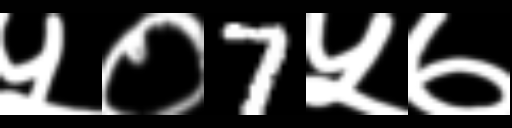
Text: ५०7५७